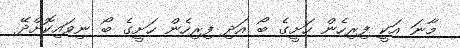
މާނަ އަކީ ފިރިހެން ހަށީގެ ބޯ އަދި ފިރިހެން ހަށީގެ ބޯ ނިވައިކޮށްދޭ